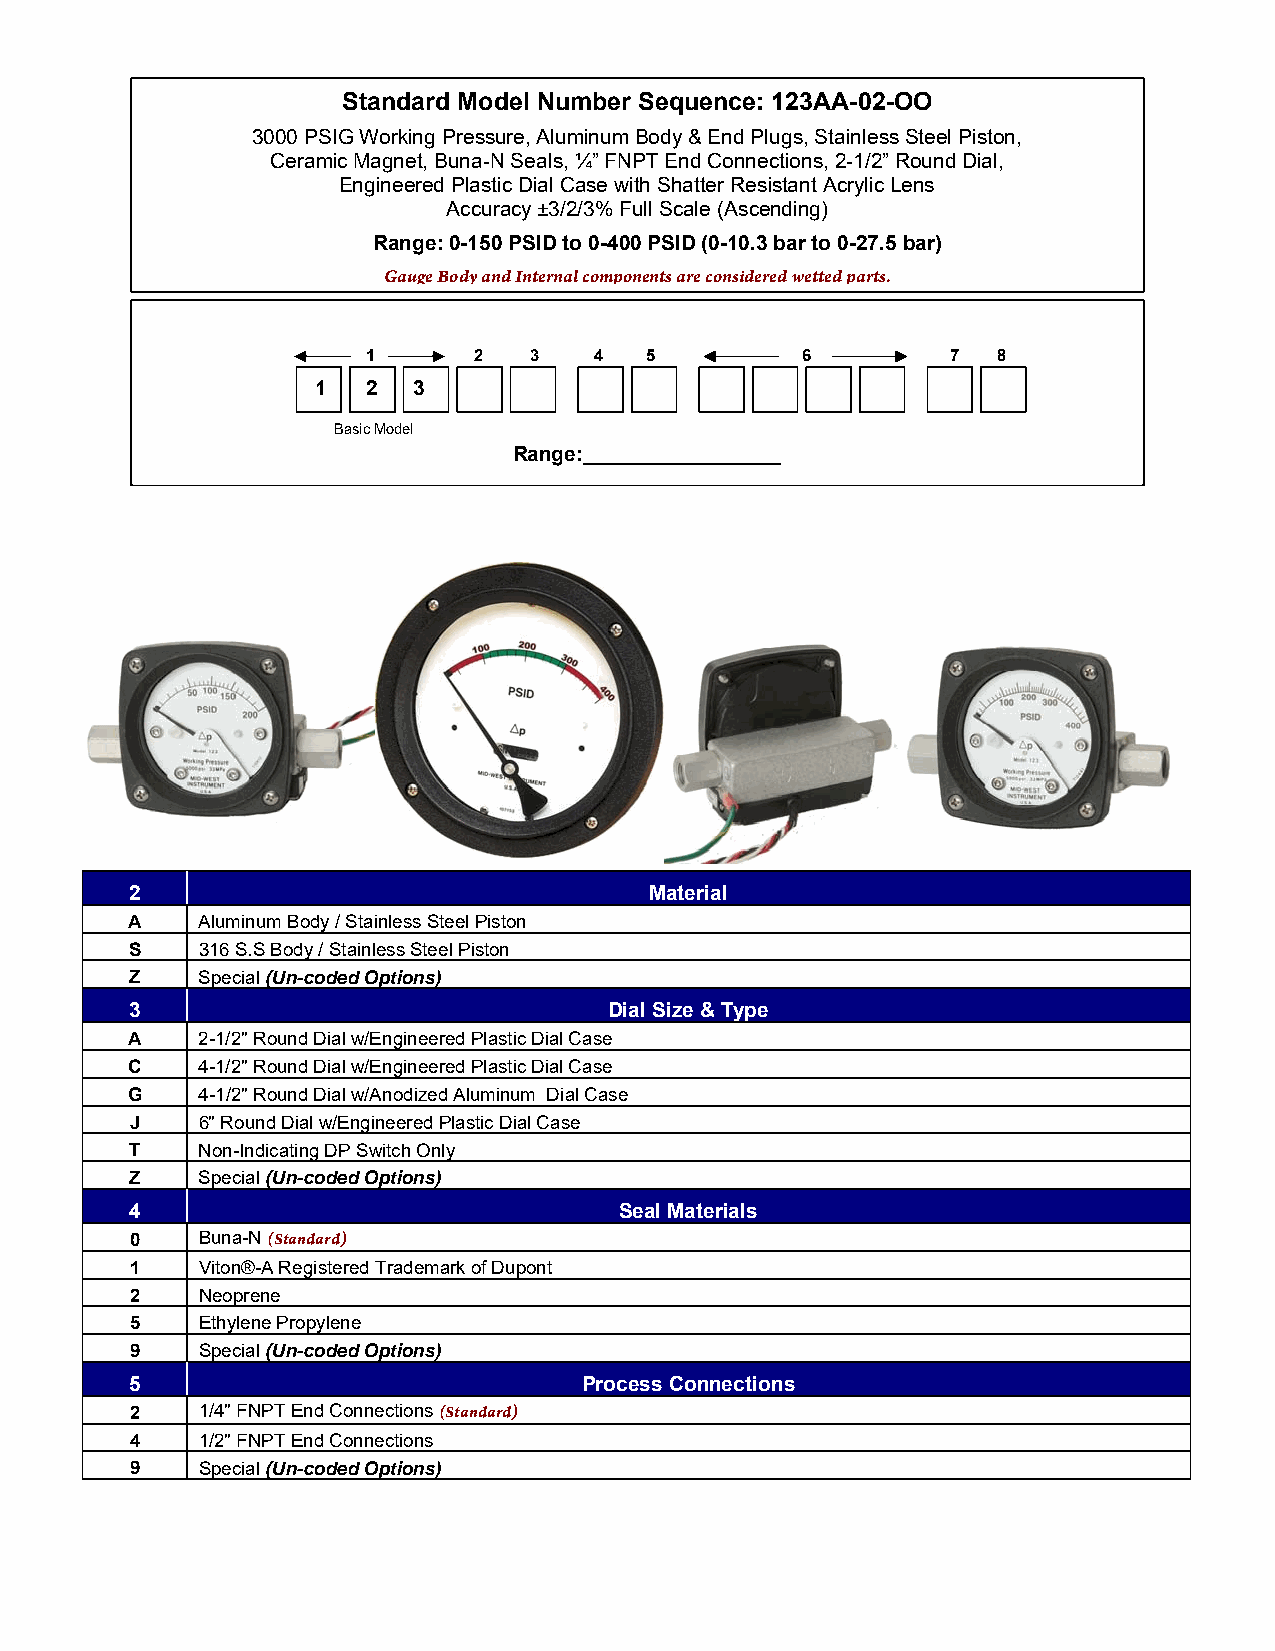
Standard Model Number Sequence: 123AA-02-OO
 3000 PSIG Working Pressure, Aluminum Body & End Plugs, Stainless Steel Piston,
 Ceramic Magnet, Buna-N Seals, ¼” FNPT End Connections, 2-1/2” Round Dial,
 Engineered Plastic Dial Case with Shatter Resistant Acrylic Lens
 Accuracy ±3/2/3% Full Scale (Ascending)
 Range: 0-150 PSID to 0-400 PSID (0-10.3 bar to 0-27.5 bar)
 Gauge Body and Internal components are considered wetted parts.
 1      2   3   4   5         6         7  8
 1  2  3
 Basic Model
 Range:_________________
 2                                 Material
 A    Aluminum Body / Stainless Steel Piston
 S   316 S.S Body / Stainless Steel Piston
 Z   Special (Un-coded Options)
 3                              Dial Size & Type
 A    2-1/2" Round Dial w/Engineered Plastic Dial Case
 C    4-1/2" Round Dial w/Engineered Plastic Dial Case
 G    4-1/2" Round Dial w/Anodized Aluminum Dial Case
 J   6" Round Dial w/Engineered Plastic Dial Case
 T   Non-Indicating DP Switch Only
 Z   Special (Un-coded Options)
 4                               Seal Materials
 0   Buna-N (Standard)
 1   Viton®-A Registered Trademark of Dupont
 2   Neoprene
 5   Ethylene Propylene
 9   Special (Un-coded Options)
 5                             Process Connections
 2   1/4" FNPT End Connections (Standard)
 4   1/2" FNPT End Connections
 9   Special (Un-coded Options)